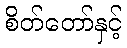
စိတ်တော်နှင့်